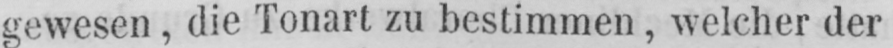
gewesen, die Tonart zu bestimmen, welcher der